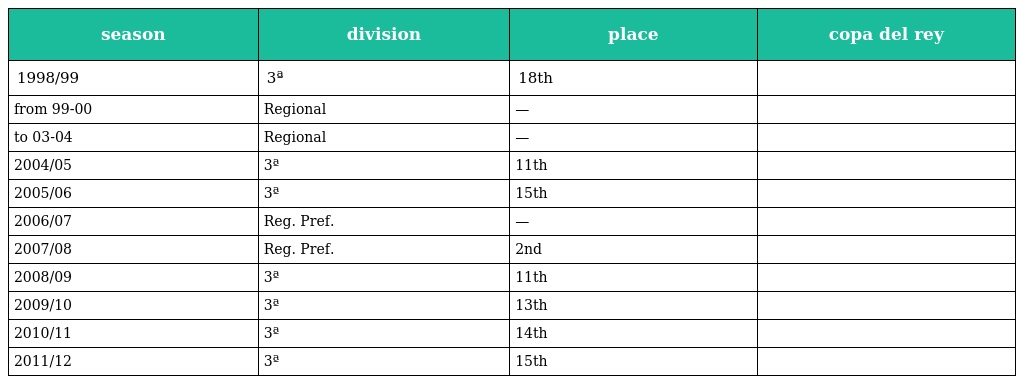
| season | division | place | copa del rey |
 | --- | --- | --- | --- |
 | 1998/99 | 3ª | 18th |  |
 | from 99-00 | Regional | — |  |
 | to 03-04 | Regional | — |  |
 | 2004/05 | 3ª | 11th |  |
 | 2005/06 | 3ª | 15th |  |
 | 2006/07 | Reg. Pref. | — |  |
 | 2007/08 | Reg. Pref. | 2nd |  |
 | 2008/09 | 3ª | 11th |  |
 | 2009/10 | 3ª | 13th |  |
 | 2010/11 | 3ª | 14th |  |
 | 2011/12 | 3ª | 15th |  |